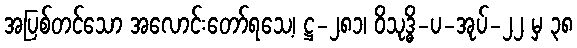
အပြစ်တင်သော အလောင်းတော်ရသေ့၊ ဋ္ဌ-၂၈၁၊ ဝိသုဒ္ဓိ-ပ-အုပ်-၂၂ မှ ၃၈